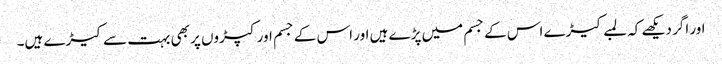
اور اگر دیکھے کہ لمبے کیڑے اس کے جسم میں پڑے ہیں اور اس کے جسم اور کپڑوں پر بھی بہت سے کیڑے ہیں۔